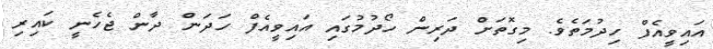
އައިވީއެފް ހިދުމަތެވެ. މިގޮތަށް ދަރިން ހޯދުމުގައި އައިވީއެފް ހަދަން ދާން ޖެހެނީ ކައިރި